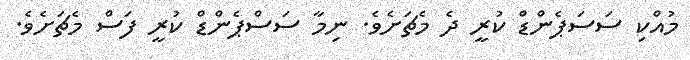
މުއްކި ސަސަޕެންޑް ކުރީ ދެ މެޗަށެވެ. ނިމާ ސަސްޕެންޑް ކުރީ ފަސް މެޗަށެވެ.